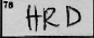
Transcription: HRD